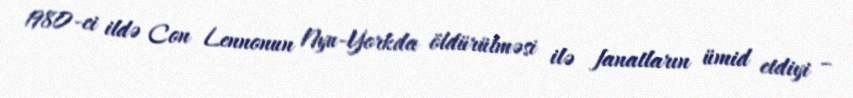
1980-ci ildə Con Lennonun Nyu-Yorkda öldürülməsi ilə fanatların ümid etdiyi –